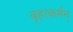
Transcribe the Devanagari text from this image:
बृहत्कर्मन्